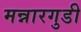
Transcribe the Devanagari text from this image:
मन्नारगुडी